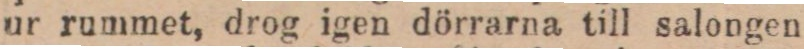
ur rummet, drog igen dörrarna till salongen